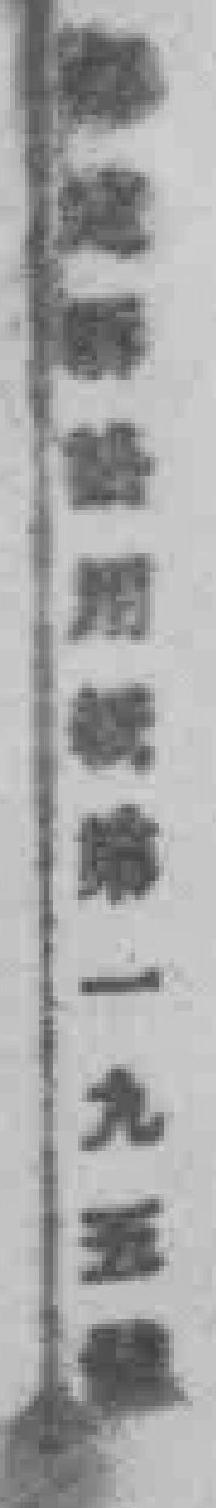
*用*一九五*